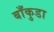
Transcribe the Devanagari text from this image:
बाँकुडा